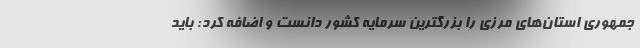
جمهوری استان‌های مرزی را بزرگترین سرمایه کشور دانست و اضافه کرد: باید